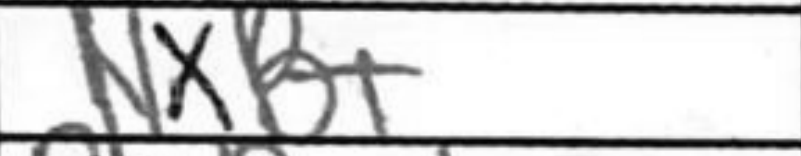
Transcription: NxB+